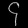
Digit: ၄